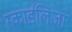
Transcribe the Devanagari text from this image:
स्कार्डलिजा